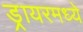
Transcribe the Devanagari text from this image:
ड्रायरमध्ये